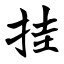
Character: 挂